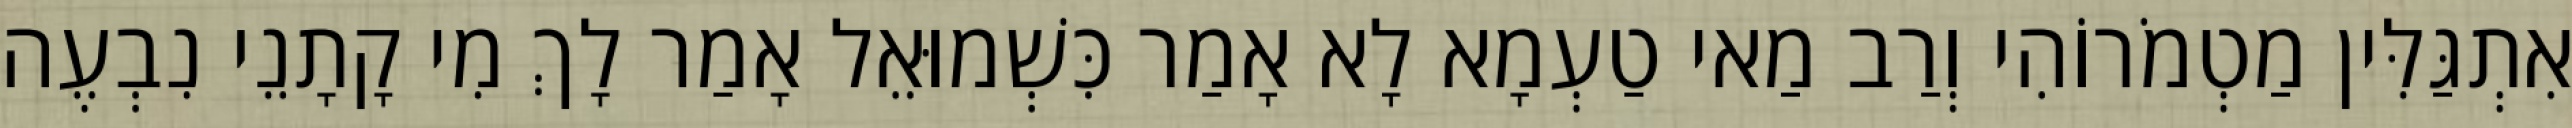
אִתְגַּלִּין מַטְמֹרוֹהִי וְרַב מַאי טַעְמָא לָא אָמַר כִּשְׁמוּאֵל אָמַר לָךְ מִי קָתָנֵי נִבְעֶה